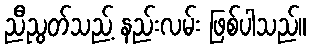
ညီညွတ်သည့် နည်းလမ်း ဖြစ်ပါသည်။